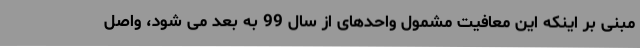
مبنی بر اینکه این معافیت مشمول واحدهای از سال 99 به بعد می شود، واصل